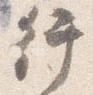
行